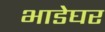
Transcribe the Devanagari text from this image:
भाडेघर